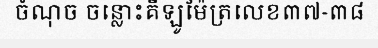
ចំណុច ចន្លោះគីឡូម៉ែត្រលេខ៣៧-៣៨